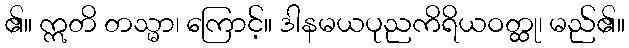
၏။ ဣတိ တသ္မာ၊ ကြောင့်။ ဒါနမယပုညကိရိယဝတ္ထု၊ မည်၏။